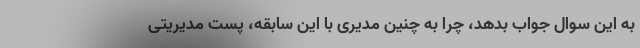
به این سوال جواب بدهد، چرا به چنین مدیری با این سابقه، پست مدیریتی